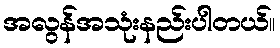
အလွန်အသုံးနည်းပါတယ်။